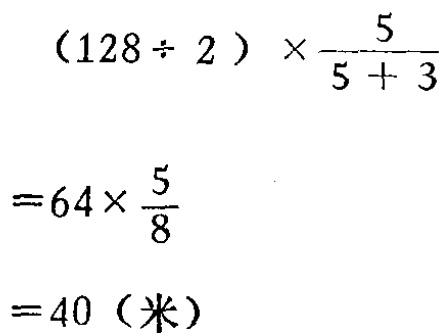
\[

\begin{align*}

&(128\div 2)\times\frac{5}{5 + 3}\\

=&64\times\frac{5}{8}\\

=&40 (\text{米})

\end{align*}

\]